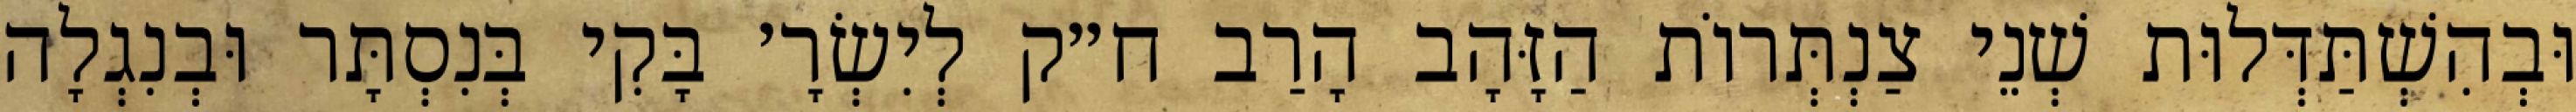
וּבְהִשְׁתַּדְּלוּת שְׁנֵי צַנְתְּרוֹת הַזָּהָב הָרַב ח״ק לְיִשְׂרָ׳ בָּקִי בְּנִסְתָּר וּבְנִגְלָה